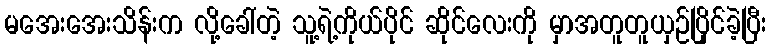
မအေးအေးသိန်းက လို့ခေါ်တဲ့ သူ့ရဲ့ကိုယ်ပိုင် ဆိုင်လေးကို မှာအတူတူယှဉ်ပြိုင်ခဲ့ပြီး